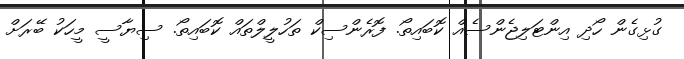
ގުޅިގެން ހޯދި އިންޓަލިޖެންސެއް ކޮބައިތޯ. ފޮރެންސިކް ތަހުލީލްތައް ކޮބައިތޯ. ސިޔާސީ މީހަކު ބޭރަށް